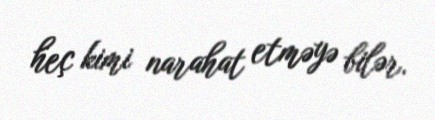
heç kimi narahat etməyə bilər.